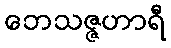
ဘေသဇ္ဇဟာရီ